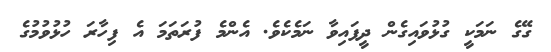
ގޭގެ ނަމަކީ ގުޅުވައިގެން ދީފައިވާ ނަމެކެވެ. އެންމެ ފުރަތަމަ އެ ފިހާރަ ހުޅުވުމުގެ